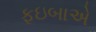
ફઇબાએ